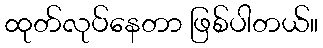
ထုတ်လုပ်နေတာ ဖြစ်ပါတယ်။